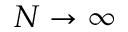
N \to \infty